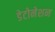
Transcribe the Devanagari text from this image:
डेटोनेशन